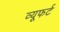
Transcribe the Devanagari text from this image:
व्यूफर्ट